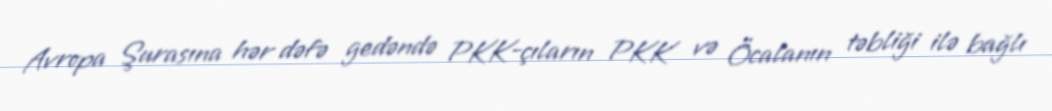
Avropa Şurasına hər dəfə gedəndə PKK-çıların PKK və Öcalanın təbliği ilə bağlı